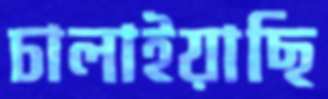
চালাইয়াছি